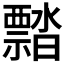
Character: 𬓜